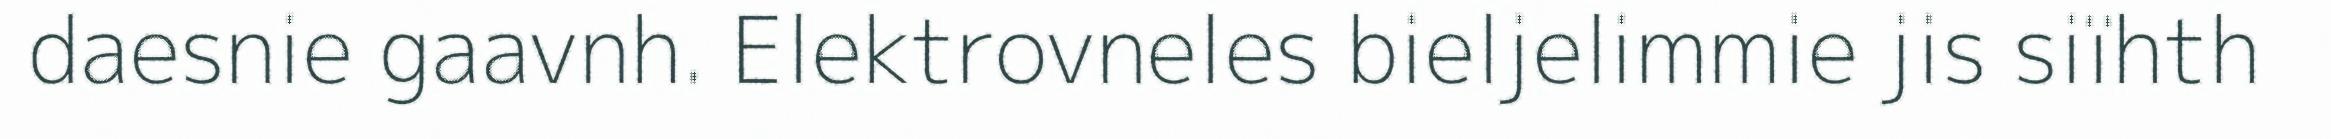
daesnie gaavnh. Elektrovneles bieljelimmie jis siïhth